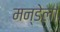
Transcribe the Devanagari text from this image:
मन्डेला